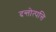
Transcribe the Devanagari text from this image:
दन्तोत्पत्ति